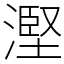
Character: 𣻹